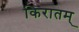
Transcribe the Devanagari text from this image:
किरातम्